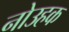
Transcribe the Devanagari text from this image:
नोउहक